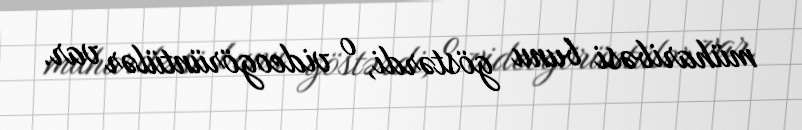
müharibəsi bunu göstərdi, o videogörüntülər var.